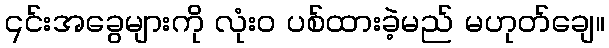
၎င်းအခွေများကို လုံးဝ ပစ်ထားခဲ့မည် မဟုတ်ချေ။